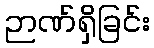
ဉာဏ်ရှိခြင်း